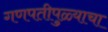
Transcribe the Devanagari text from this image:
गणपतीपुळ्याचा